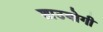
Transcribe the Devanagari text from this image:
शाउबोगी